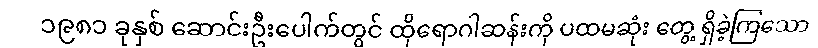
၁၉၈၁ ခုနှစ် ဆောင်းဦးပေါက်တွင် ထိုရောဂါဆန်းကို ပထမဆုံး တွေ့ ရှိခဲ့ကြသော